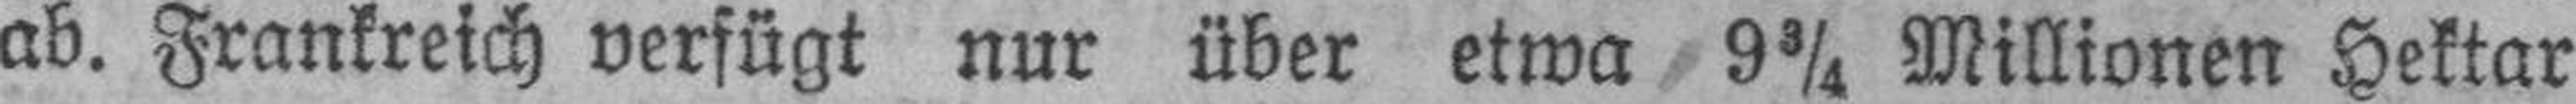
ab. Frankreich verfügt nur über etwa 9¾ Millionen Hektar